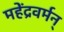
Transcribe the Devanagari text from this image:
महेंद्रवर्मन्‌